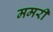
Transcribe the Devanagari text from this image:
ममरी